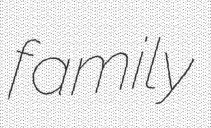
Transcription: family